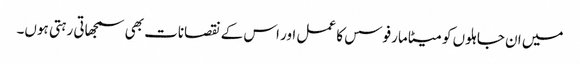
میں ان جاہلوں کو میٹامارفوسس کا عمل اور اس کے نقصانات بھی سمجھاتی رہتی ہوں۔